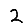
Digit: 2